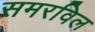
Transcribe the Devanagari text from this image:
समरविल